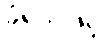
ခံရသဖြင့်